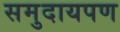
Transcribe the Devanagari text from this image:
समुदायपण